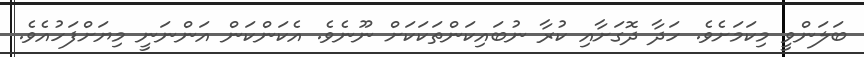
ބަލަންވީ މިކަމަށެވެ. ހަދާ ދޮގަށާއި ކުރާ ނުބައިކަންތަކަކަށް ނޫނެވެ. އެކަންކަން އަންނަނީ މިޔަށްފަހުއެވެ.